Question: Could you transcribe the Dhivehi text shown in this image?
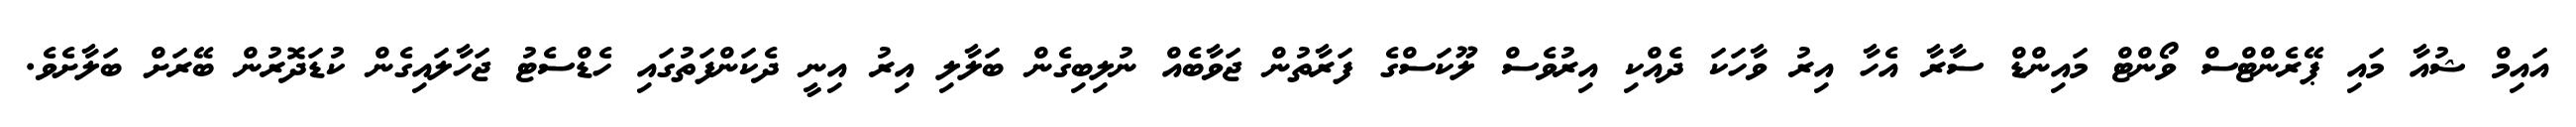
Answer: އައިމް ޝުއާ މައި ޕޭރެންޓްސް ވޯންޓް މައިންޑް ސާރާ އެހާ އިރު ވާހަކަ ދެއްކި އިރުވެސް ލޫކަސްގެ ފަރާތުން ޖަވާބެއް ނުލިބިގެން ބަލާލި އިރު އިނީ ދެކަންފަތުގައި ހެޑްސެޓު ޖަހާލައިގެން ކުޑަދޮރުން ބޭރަށް ބަލާށެވެ.